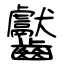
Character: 齾